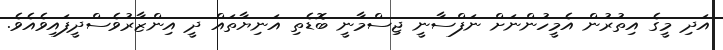
އަދި މީގެ އިތުރުން އެމީހުންނަށް ނަފްސާނީ ޖިސްމާނީ ބޮޑެތި އަނިޔާތައް ދީ އިންޒާރުވެސްދީފައިވެއެވެ.